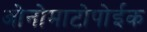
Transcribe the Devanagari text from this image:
ओनोमाटोपोईक